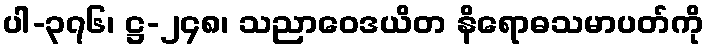
ပါ-၃၇၆၊ ဋ္ဌ-၂၄၈၊ သညာဝေဒယိတ နိရောဓသမာပတ်ကို